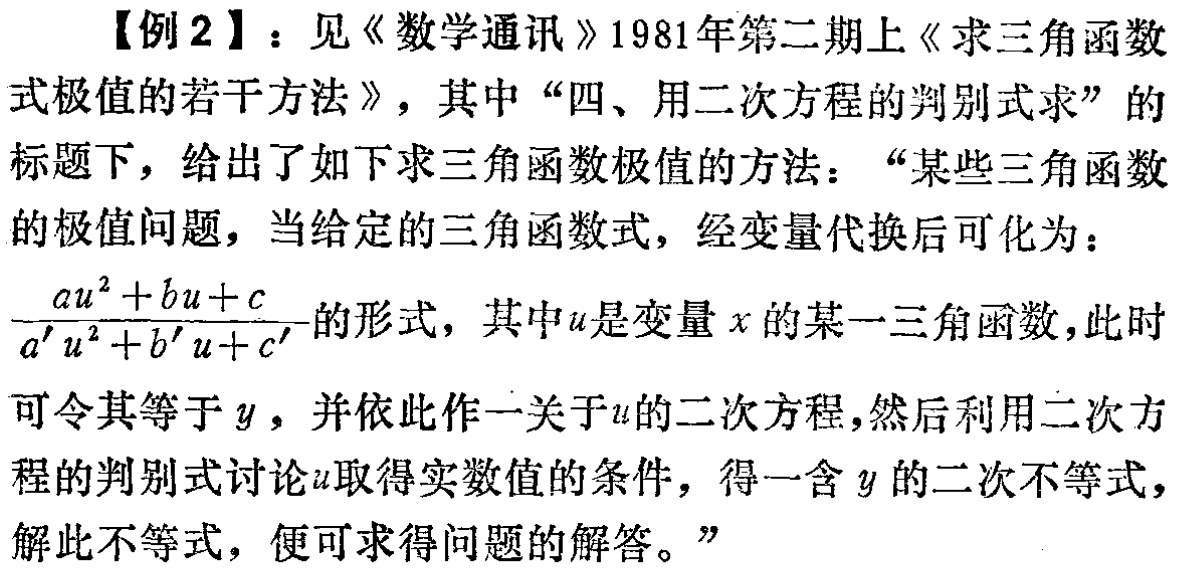
【例2】：见《数学通讯》1981年第二期上《求三角函数式极值的若干方法》，其中“四、用二次方程的判别式求”的标题下，给出了如下求三角函数极值的方法：“某些三角函数的极值问题，当给定的三角函数式，经变量代换后可化为：$\frac{au^{2}+bu + c}{a'u^{2}+b'u + c'}$的形式，其中$u$是变量$x$的某一三角函数，此时可令其等于$y$，并依此作一关于$u$的二次方程，然后利用二次方程的判别式讨论$u$取得实数值的条件，得一含$y$的二次不等式，解此不等式，便可求得问题的解答。”